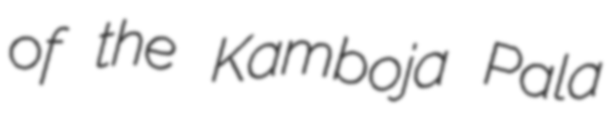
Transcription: of the Kamboja Pala